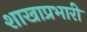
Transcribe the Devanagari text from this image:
शाखाप्रभारी